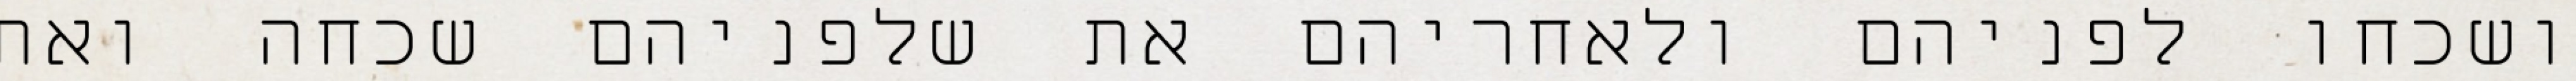
ושכחו לפניהם ולאחריהם את שלפניהם שכחה ואת